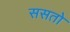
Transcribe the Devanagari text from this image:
ससतो